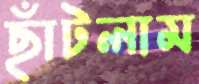
ছাঁটলাম